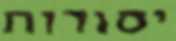
יסודות